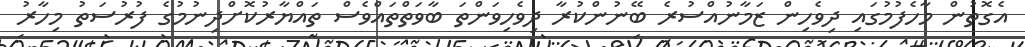
އެގޮތުން މާހެފުމުގައި ދިވެހިން ޒަމާނުއްސުރެ ބޭނުންކުރާ ދިވެހިވަންތަ ބާވަތްތައްވެސް ތައްޔާރުކޮށްދިނުމުގެ ފުރުސަތު މިހާރު